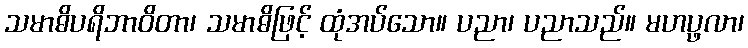
သမာဓိပရိဘာဝိတာ၊ သမာဓိဖြင့် ထုံအပ်သော။ ပညာ၊ ပညာသည်။ မဟပ္ဖလာ၊